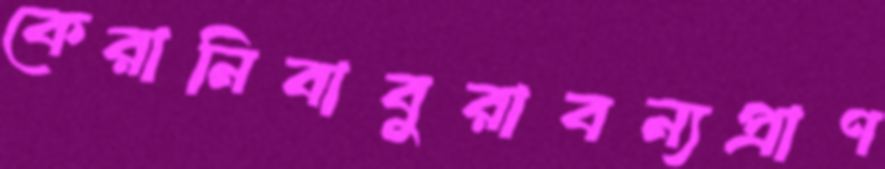
কেরানিবাবুরাবন্যপ্রাণ